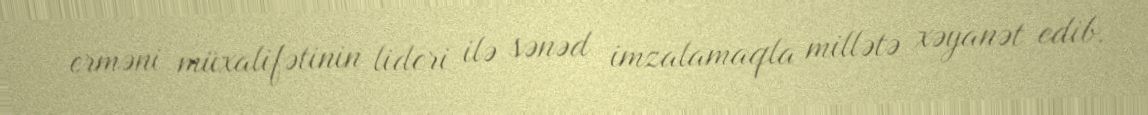
erməni müxalifətinin lideri ilə sənəd imzalamaqla millətə xəyanət edib.